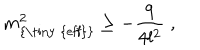
m _ { \textrm { { \tiny { e f f } } } } ^ { 2 } \geq - \frac { 9 } { 4 l ^ { 2 } } \; ,